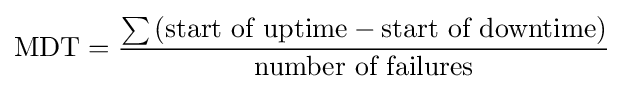
{\text{MDT}}={\frac {\sum {({\text{start of uptime}}-{\text{start of downtime}})}}{\text{number of failures}}}